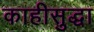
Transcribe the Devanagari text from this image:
काहीसुद्धा